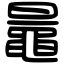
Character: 鼂